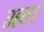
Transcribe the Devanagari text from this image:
तहत।